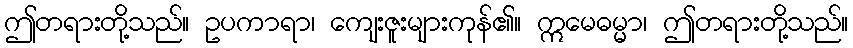
ဤတရားတို့သည်။ ဥပကာရာ၊ ကျေးဇူးများကုန်၏။ ဣမေဓမ္မာ၊ ဤတရားတို့သည်။